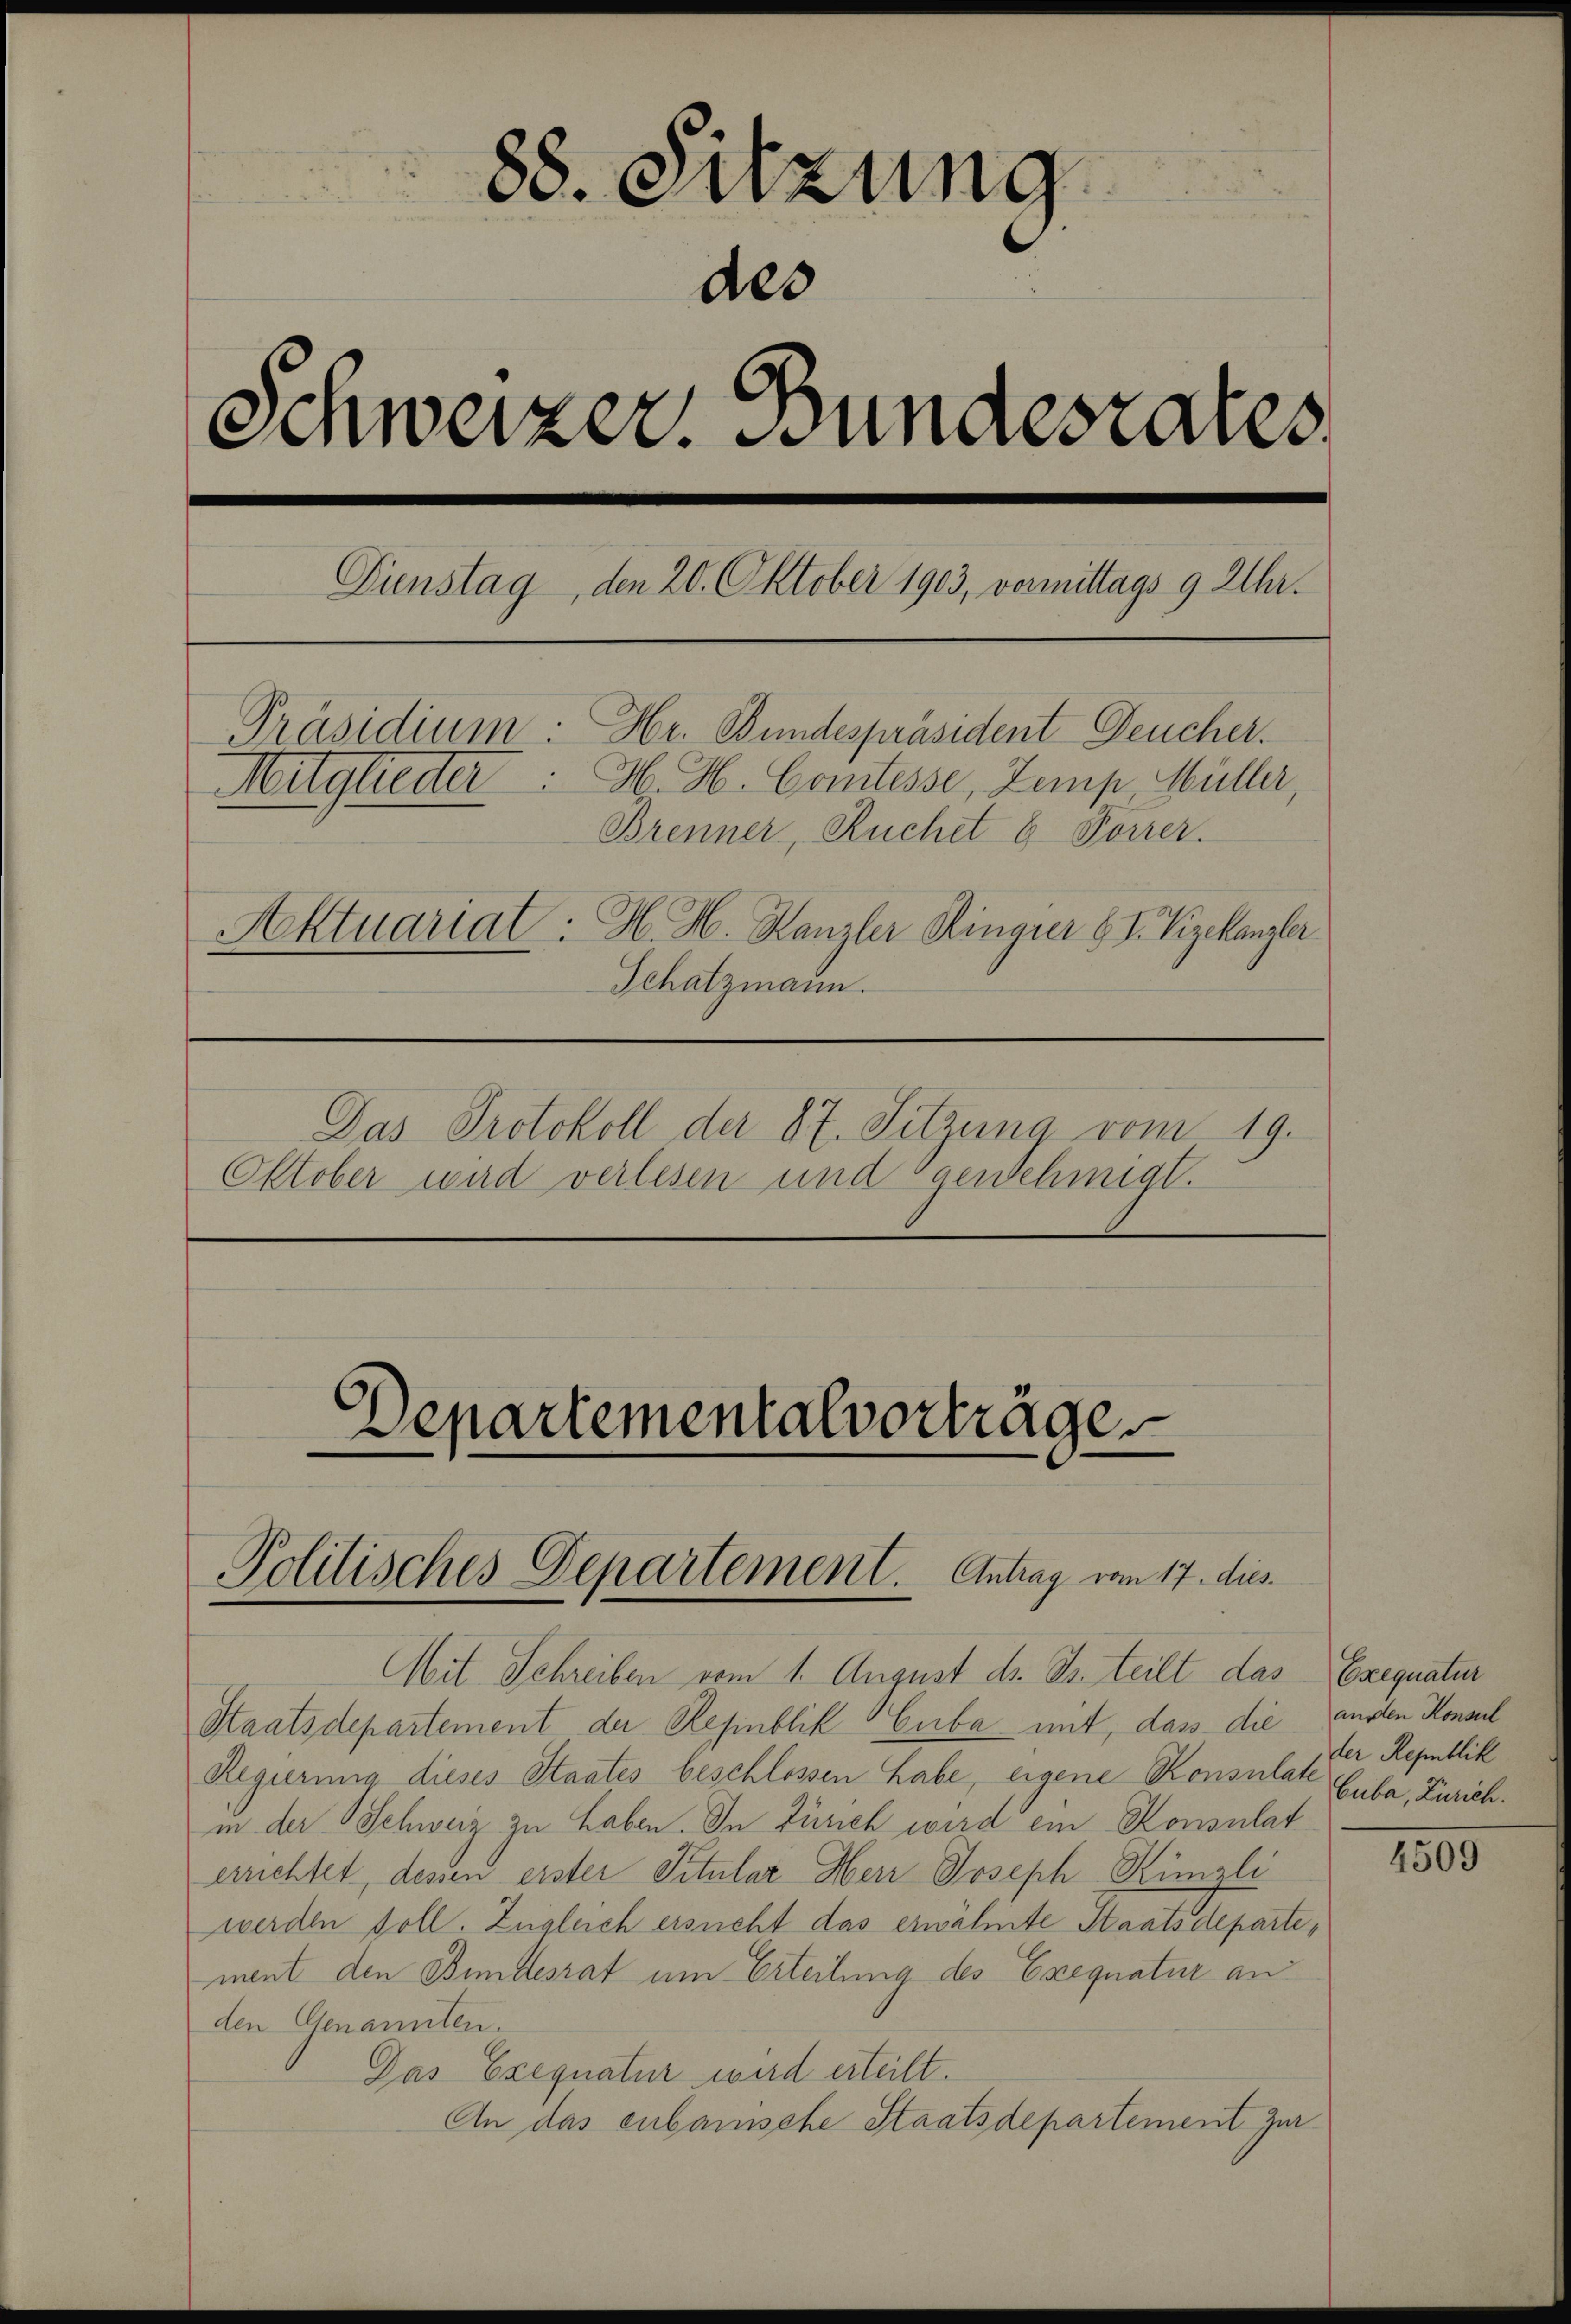
88. Sitzung
Schweizer. Wundesrates
Dienstag, den 20. Oktober 1903, vermittags 9 Uhr.
Präsidium: Hr. Bundespräsident Deucher.
Mitglieder: H. H. Comtesse, Zemp Müller,
Brenner, Ruchet 8 Forrer.
Aktuariat: H. H. Kanzler Ringier 8 V. Vizekanzler
Schatzmann.
Das Protokoll der 87. Sitzung vom 19.
Oktober wird verlesen und genehmigt.

des

Departementalvorträge
Politisches Departement. Antrag vom 17. dies

Mit Schreiben vom 1. August d. Js. teilt das Exequatur
Staatsdepartement der Republik Cuba mit, dass die anden Konsul
Regierung dieses Staates beschlossen habe, eigene Konsulate Guba, Zürich.
in der Schweiz zu haben. In Zürich wird ein Konsulat
errichtet, dessen erster Titular Herr Joseph Künzli
werden soll. Zugleich ersucht das erwähnte Staatsdepartement den Bundesrat um Erteilung des Exequatur an
den Genannten.
Das Exequatur wird erteilt.
An das eubaunsche Staatsdepartement zur

¬

der Republik

1505